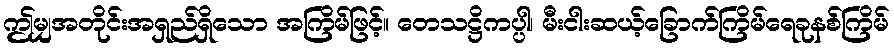
ဤမျှအတိုင်းအရှည်ရှိသော အကြိမ်ဖြင့်။ တေသဋ္ဌိကပ္ပါ၊ မီးငါးဆယ့်ခြောက်ကြိမ်ရေခုနစ်ကြိမ်